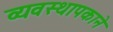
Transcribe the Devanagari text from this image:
व्यवस्थापकाने